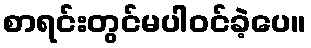
စာရင်းတွင်မပါဝင်ခဲ့ပေ။